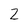
Character: 2